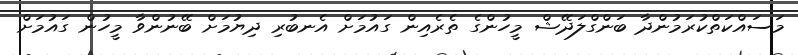
މަސައްކަތްކުރަމުންދާ ބަންގްލަދޭޝް މީހުންގެ ތެރެއިން ގައުމަށް އެނބުރި ދިޔުމަށް ބޭނުންވާ މީހުން ގައުމަށް